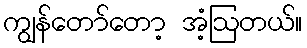
ကျွန်တော်တော့ အံ့ဩတယ်။